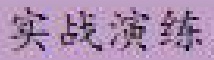
实战演练